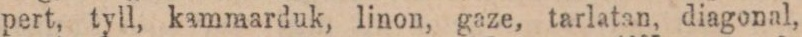
pert, tyll, kammarduk, linon, gaze, tarlatan, diagonal,